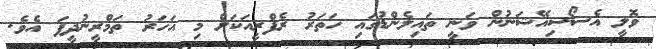
ވޮލީ އެސޯސިއޭޝަނުން ވަނީ ތައިލެންޑުގައި ހަތަރު ރެފްރީއަކަށް މި އަހަރު ތަމްރީނުދީފަ އެވެ.